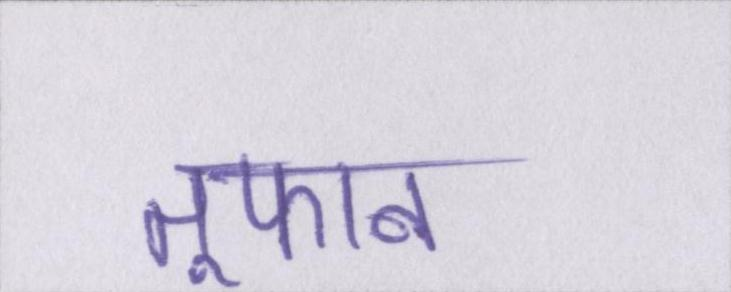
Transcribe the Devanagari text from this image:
तूफान